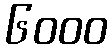
၆၀၀၀